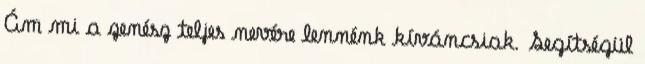
Ám mi a zenész teljes nevére lennénk kíváncsiak. Segítségül